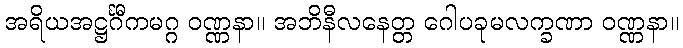
အရိယအဋ္ဌင်္ဂီကမဂ္ဂ ဝဏ္ဏနာ။ အဘိနီလနေတ္တ ဂေါပခုမလက္ခဏာ ဝဏ္ဏနာ။